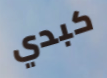
كبدي